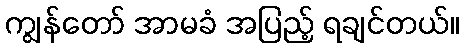
ကျွန်တော် အာမခံ အပြည့် ရချင်တယ်။